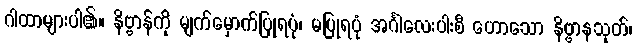
ဂါထာများပါ၏။ နိဗ္ဗာန်ကို မျက်မှောက်ပြုရပုံ၊ မပြုရပုံ အင်္ဂါလေးပါးစီ ဟောသော နိဗ္ဗာနသုတ်၊